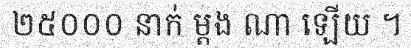
២៥០០០ នាក់ ម្តង ណា ឡើយ ។